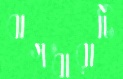
বাগধারাটি